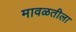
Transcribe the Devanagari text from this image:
मावळतीला